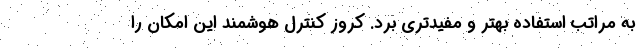
به مراتب استفاده بهتر و مفیدتری برد. کروز کنترل هوشمند این امکان را